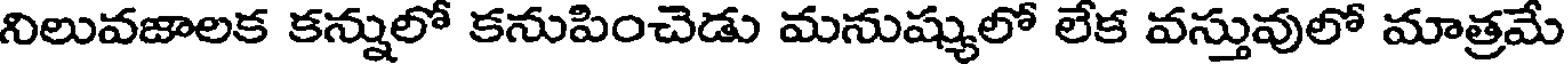
నిలువజాలక కన్నులో కనుపించెడు మనుష్యులో లేక వస్తువులో మాత్రమే